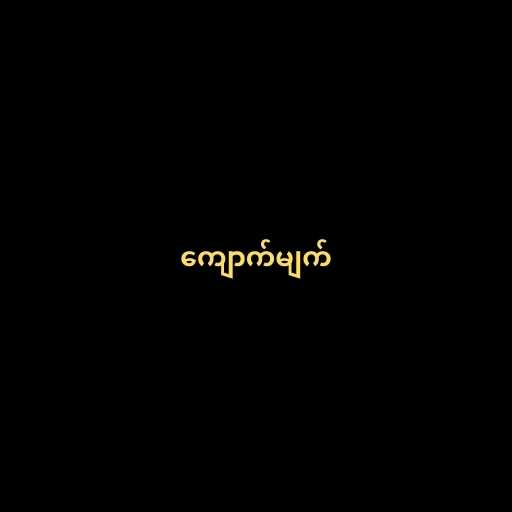
ကျောက်မျက်